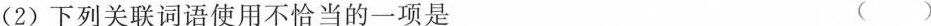
(2)下列关联词语使用不恰当的一项是 ()